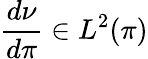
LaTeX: \frac{d\nu}{d\pi}\in L^{2}(\pi)